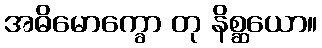
အဓိမောက္ခော တု နိစ္ဆယော။